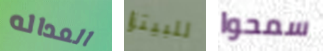
العداله للبيتزا سمحوا